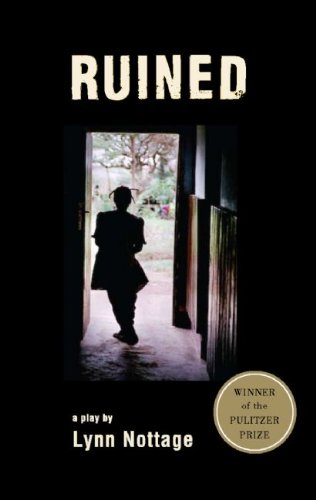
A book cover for Ruined (TCG Edition); Lynn Nottage; Literature & Fiction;